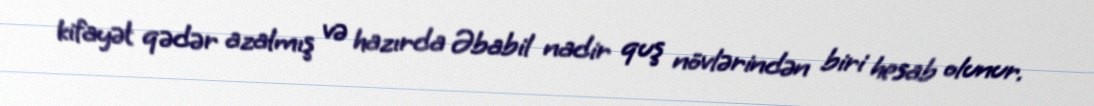
kifayət qədər azalmış və hazırda Əbabil nadir quş növlərindən biri hesab olunur.